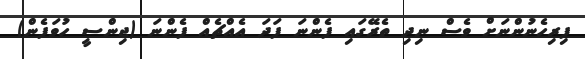
ފިރިހެނުންނަށް ވެސް ނިދި ތެރޭގައި ފެންނަ ފަދަ އެއްޗެއް ފެންނަ (ޖިންސީ ހުވަފެން)